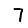
Digit: 7